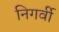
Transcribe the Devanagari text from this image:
निगर्वी